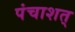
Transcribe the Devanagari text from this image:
पंचाशत्